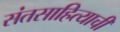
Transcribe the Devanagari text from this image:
संतसाहित्याची